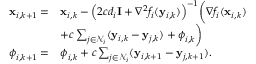
\begin{array} { r l } { \mathbf { x } _ { i , k + 1 } = } & { \mathbf { x } _ { i , k } - \Big ( 2 c d _ { i } \mathbf { I } + \nabla ^ { 2 } f _ { i } ( \mathbf { y } _ { i , k } ) \Big ) ^ { - 1 } \bigg ( \nabla f _ { i } ( \mathbf { x } _ { i , k } ) } \\ & { + c \sum _ { j \in \mathcal { N } _ { i } } ( \mathbf { y } _ { i , k } - \mathbf { y } _ { j , k } ) + \boldsymbol { \phi } _ { i , k } \bigg ) } \\ { \boldsymbol { \phi } _ { i , k + 1 } = } & { \boldsymbol { \phi } _ { i , k } + c \sum _ { j \in \mathcal { N } _ { i } } ( \mathbf { y } _ { i , k + 1 } - \mathbf { y } _ { j , k + 1 } ) . } \end{array}